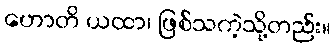
ဟောတိ ယထာ၊ ဖြစ်သကဲ့သို့တည်း။